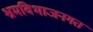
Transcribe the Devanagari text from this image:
श्रमविभाजनगत